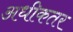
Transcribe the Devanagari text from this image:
अधीकतर